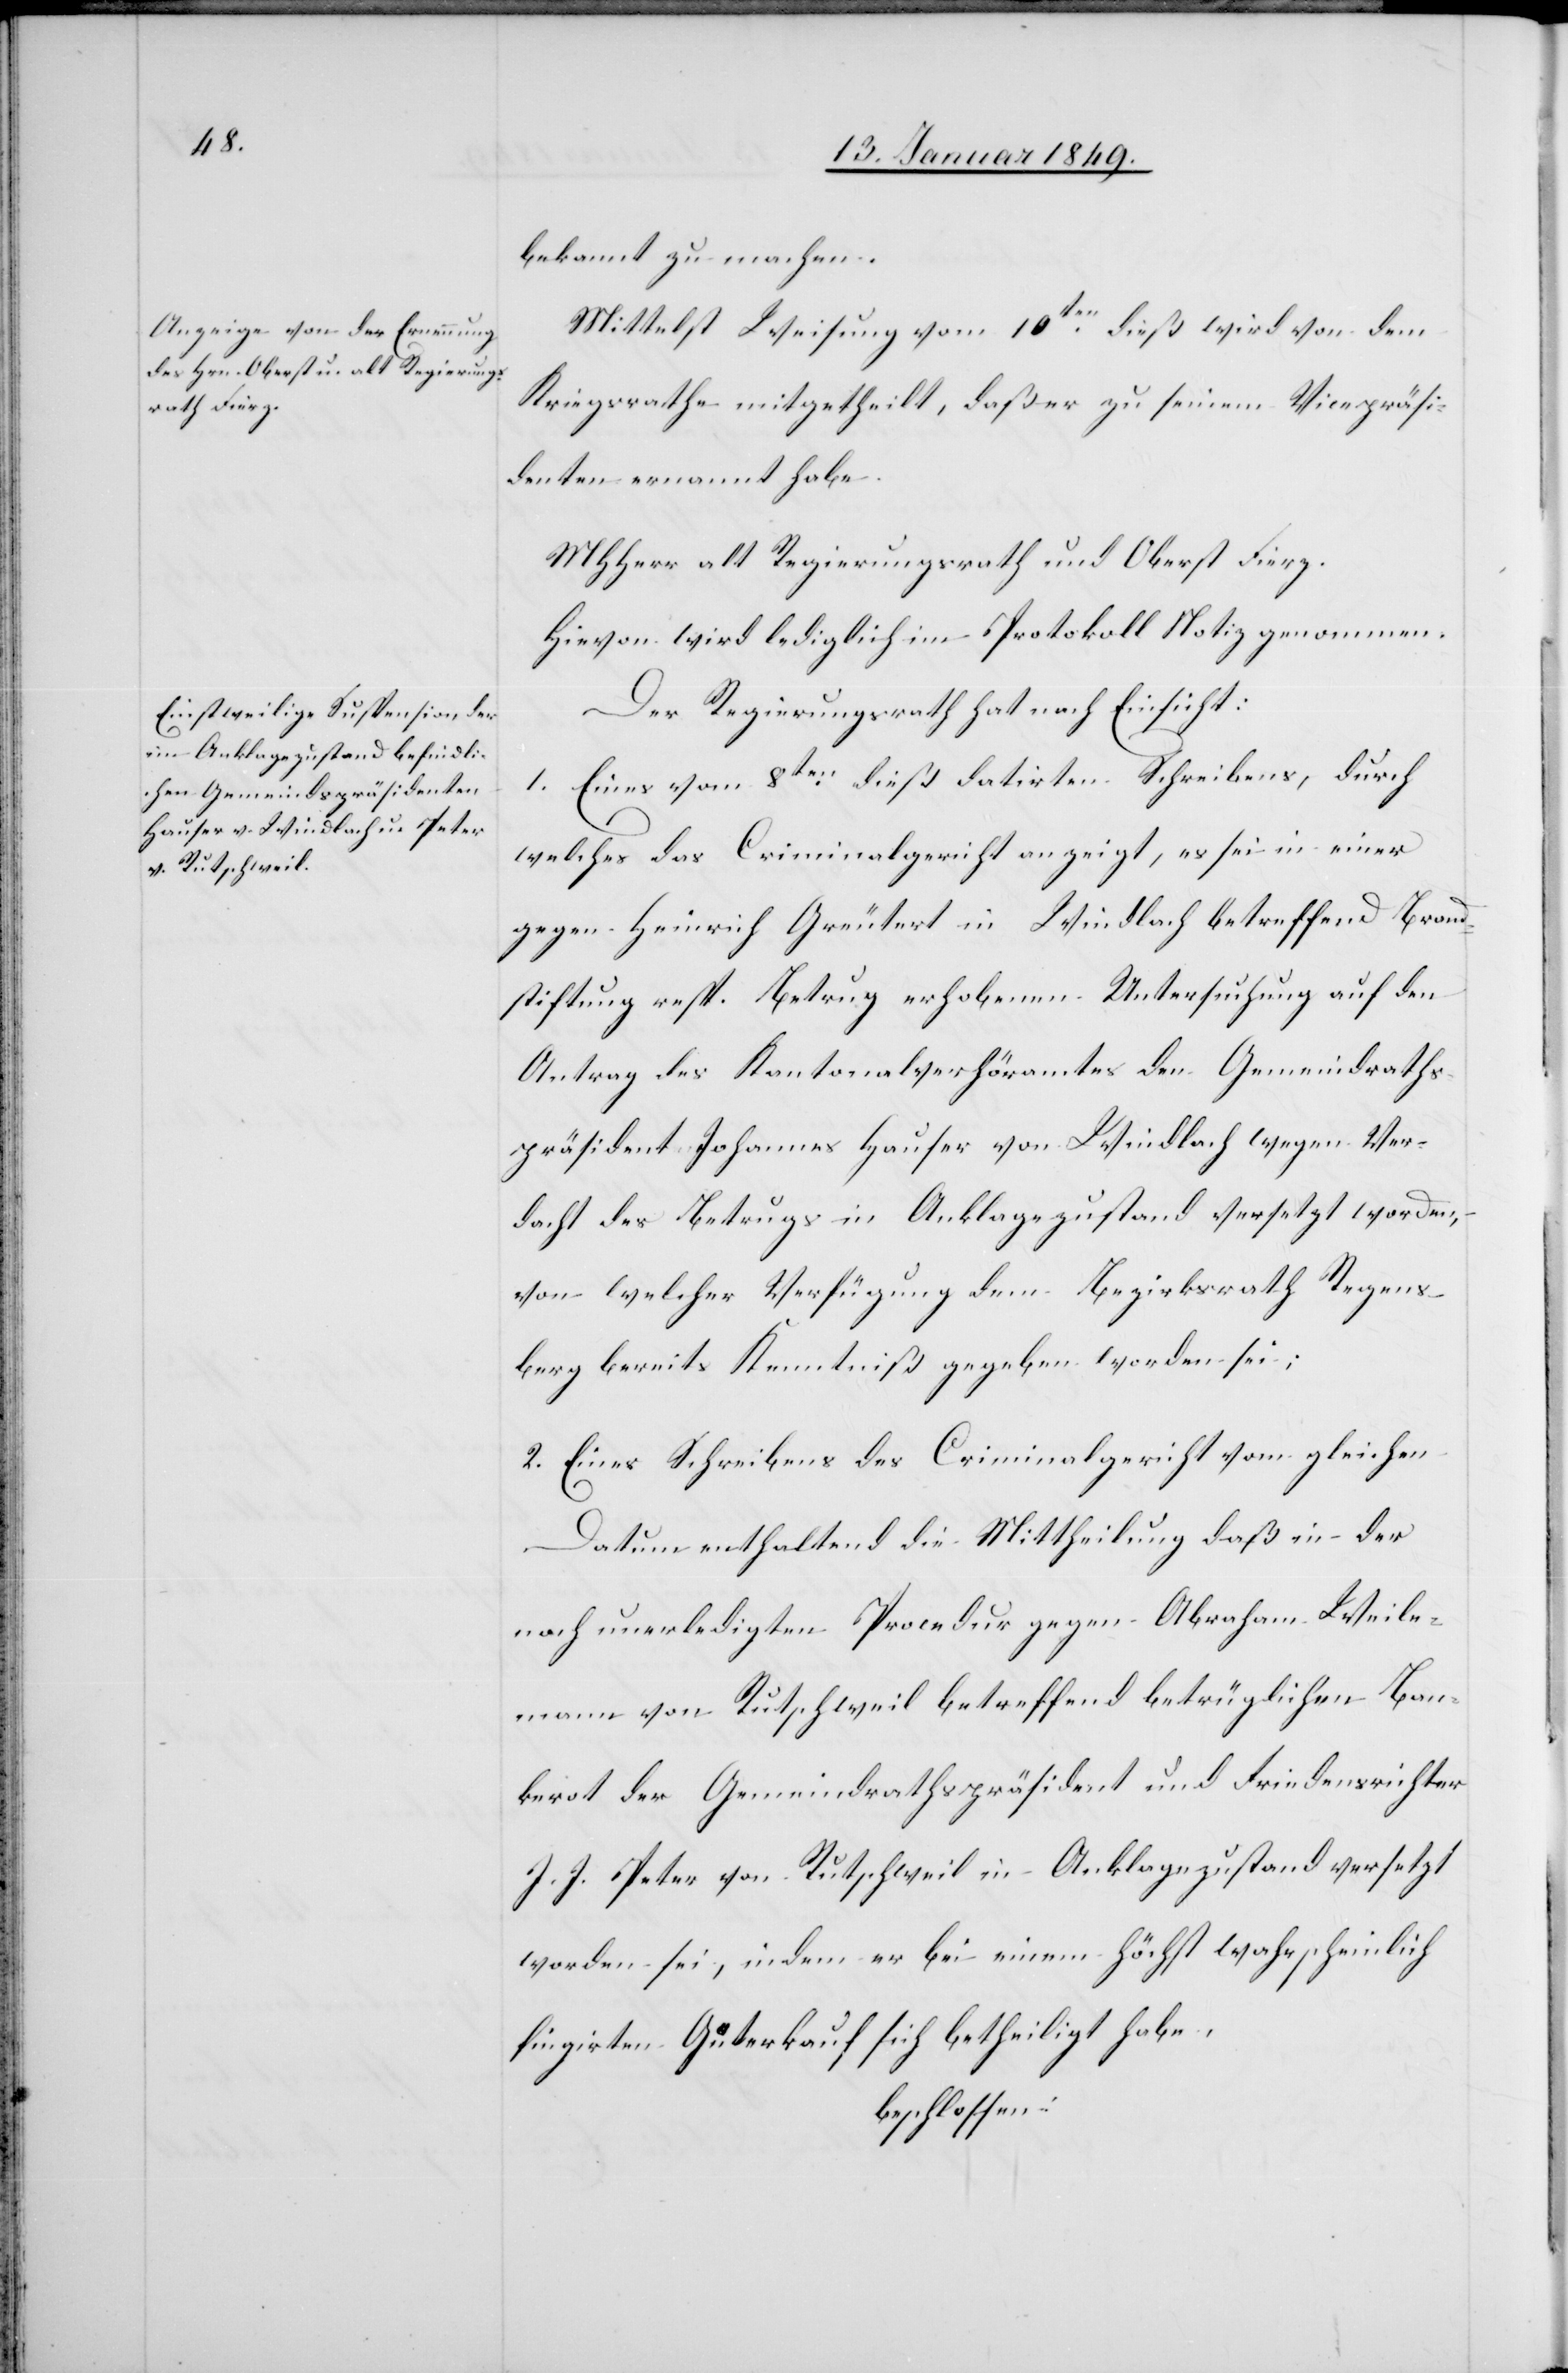
bekannt zu machen.
Mittelst Weisung vom 10ten. dieß wird von dem
Kriegsrathe mitgetheilt, daß er zu seinem Vicepräsi¬
denten ernannt habe.
MHHerr alt Regierungsrath und Oberst Fierz.
Hievon wird lediglich im Protokoll Notiz genommen.
Der Regierungsrath hat nach Einsicht:
1. Eines vom 8ten. dieß datirten Schreibens, durch
welches das Criminalgericht anzeigt, es sei in einer
gegen Heinrich Greutert in Windlach betreffend Brand¬
stiftung resp. Betrug erhobenen Untersuchung auf den
Antrag des Kantonalverhöramtes den Gemeindraths¬
präsidenten Johannes Hauser von Windlach wegen Ver¬
dacht des Betrugs in Anklagezustand versetzt worden,
von welcher Verfügung dem Bezirksrath Regens¬
perg bereits Kenntniß gegeben worden sei;
2. Eines Schreibens des Criminalgericht vom gleichen
Datum enthaltend die Mittheilung daß in der
nach unerledigten Procedur gegen Abraham Weile¬
mann von Rutschweil betreffend betrüglichen Ban¬
kerot der Gemeindrathspräsident und Friedensrichter
J. J. Peter von Rutschweil in Anklagezustand versetzt
worden sei, indem er bei einem höchst wahrscheinlich
fingirten Güterkauf sich betheiligt habe,
beschlossen: